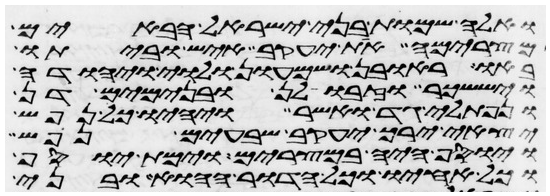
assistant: ואלה שמות בני ישראל הבאים
מצרימה את יעקב איש וביתו
באו ראובן ושמעון ולוי ויהודה
ויששכר וזבולן ובנימים דן
ונפתלי גד ואשר ויהיו כל נפש
יצאי ירך יעקב שבעים נפש
ויוסף היה במצרים וימת יוסף
וכל אחיו וכל הדור ההוא ובני